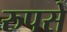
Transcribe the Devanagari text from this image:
रुपसे